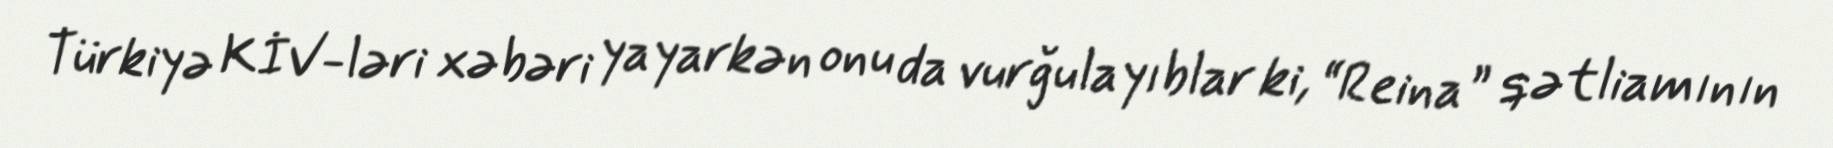
Türkiyə KİV-ləri xəbəri yayarkən onu da vurğulayıblar ki, “Reina” qətliamının